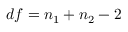
d f = n _ { 1 } + n _ { 2 } - 2